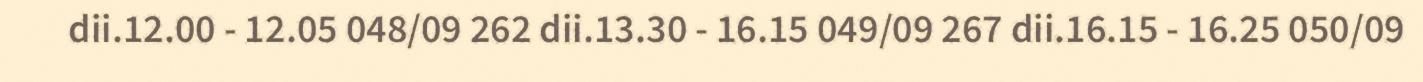
dii.12.00 - 12.05 048/09 262 dii.13.30 - 16.15 049/09 267 dii.16.15 - 16.25 050/09